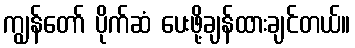
ကျွန်တော် ပိုက်ဆံ ပေးဖို့ချန်ထားချင်တယ်။